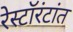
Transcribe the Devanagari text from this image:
रेस्टॉरंटांत